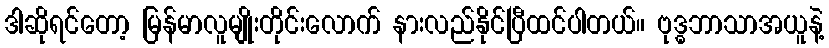
ဒါဆိုရင်တော့ မြန်မာလူမျိုးတိုင်းလောက် နားလည်နိုင်ပြီထင်ပါတယ်။ ဗုဒ္ဓဘာသာအယူနဲ့